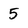
Character: 5